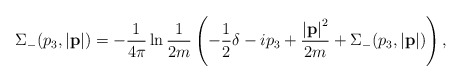
\begin{align*}\Sigma_-(p_3,\left|{\bf p}\right|) = - \frac{1}{4\pi} \ln \frac{1}{2m} \left(-\frac{1}{2}\delta - ip_3 +\frac{\left|{\bf p}\right|^2}{2m} + \Sigma_-(p_3,\left|{\bf p}\right|)\right), \end{align*}